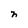
Character: n